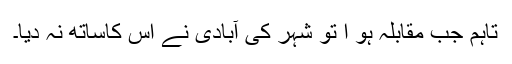
تاہم جب مقابلہ ہو ا تو شہر کی آبادی نے اس کاساتھ نہ دیا۔